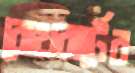
রোথবার্টের